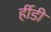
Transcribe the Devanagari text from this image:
र्हीडी